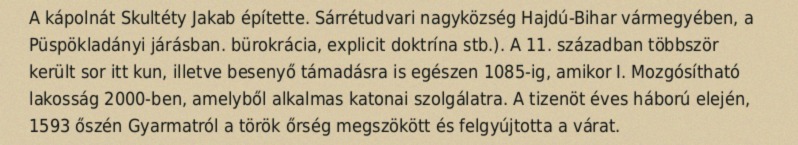
A kápolnát Skultéty Jakab építette. Sárrétudvari nagyközség Hajdú-Bihar vármegyében, a Püspökladányi járásban. bürokrácia, explicit doktrína stb.). A 11. században többször került sor itt kun, illetve besenyő támadásra is egészen 1085-ig, amikor I. Mozgósítható lakosság 2000-ben, amelyből alkalmas katonai szolgálatra. A tizenöt éves háború elején, 1593 őszén Gyarmatról a török őrség megszökött és felgyújtotta a várat.